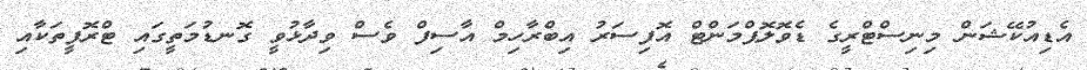
އެޑިއުކޭޝަން މިނިސްޓްރީގެ ޑެވޮލޮޕްމަންޓް އޮފިސަރު އިބްރާހިމް އާސިފް ވެސް ވިދާޅުވީ ގޮނޑުމަތީގައި ޓްރޮފީތަކާއި